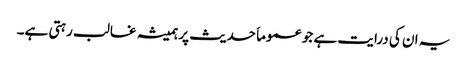
یہ ان کی درایت ہے جو عموماَ حدیث پر ہمیشہ غالب رہتی ہے۔